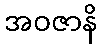
အဝဇာနိ